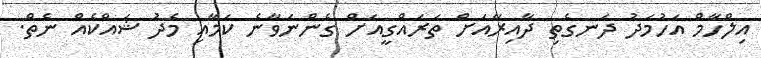
އިލްހާމް އަހުމަދު ދަނގެތި ދާއިރާއަށް ތަރައްގީއަށް ގެންނަވާނެ ކަމާއި މެދު ޝައްކެއް ނެތް.